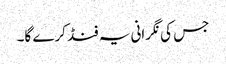
جس کی نگرانی یہ فنڈ کرے گا۔